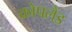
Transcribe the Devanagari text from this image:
क्रोपलैंड